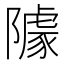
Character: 𨼫